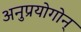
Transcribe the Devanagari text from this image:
अनुप्रयोगोन्